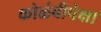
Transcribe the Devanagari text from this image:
कोळंबीपेक्षा